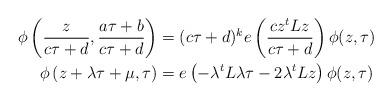
LaTeX: \begin{align*} \begin{aligned}\phi\left( \frac{z}{c \tau + d}, \frac{a \tau + b}{c \tau + d} \right)& = (c \tau + d)^k e\left( \frac{c z^t L z}{c \tau + d} \right) \phi(z,\tau) \\\phi\left( z + \lambda \tau + \mu, \tau \right)& = e\left( - \lambda^t L \lambda \tau - 2 \lambda^t L z \right) \phi(z,\tau)\end{aligned}\end{align*}